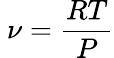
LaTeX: \ \nu={\frac{RT}{P}}